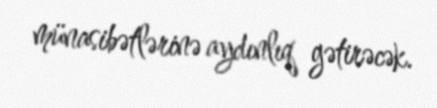
münasibətlərinə aydınlıq gətirəcək.